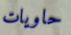
حاويات